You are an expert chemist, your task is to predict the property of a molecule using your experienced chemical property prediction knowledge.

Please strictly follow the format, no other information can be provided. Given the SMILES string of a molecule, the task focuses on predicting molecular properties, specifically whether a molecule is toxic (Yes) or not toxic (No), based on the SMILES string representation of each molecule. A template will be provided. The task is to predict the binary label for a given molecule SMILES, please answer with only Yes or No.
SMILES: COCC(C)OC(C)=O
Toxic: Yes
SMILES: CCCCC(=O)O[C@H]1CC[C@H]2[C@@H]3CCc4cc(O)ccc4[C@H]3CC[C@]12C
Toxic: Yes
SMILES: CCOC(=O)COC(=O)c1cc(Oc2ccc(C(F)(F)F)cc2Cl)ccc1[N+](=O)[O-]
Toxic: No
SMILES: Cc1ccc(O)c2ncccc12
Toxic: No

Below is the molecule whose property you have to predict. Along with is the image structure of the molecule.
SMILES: CC(C)(C)OC(=O)N1C[C@@H](F)C[C@H]1C(=O)O
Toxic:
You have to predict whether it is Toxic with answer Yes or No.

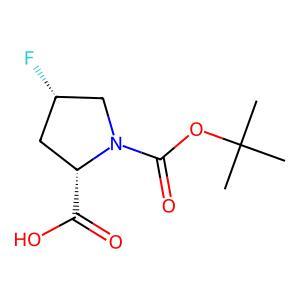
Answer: No